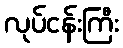
လုပ်ငန်းကြီး